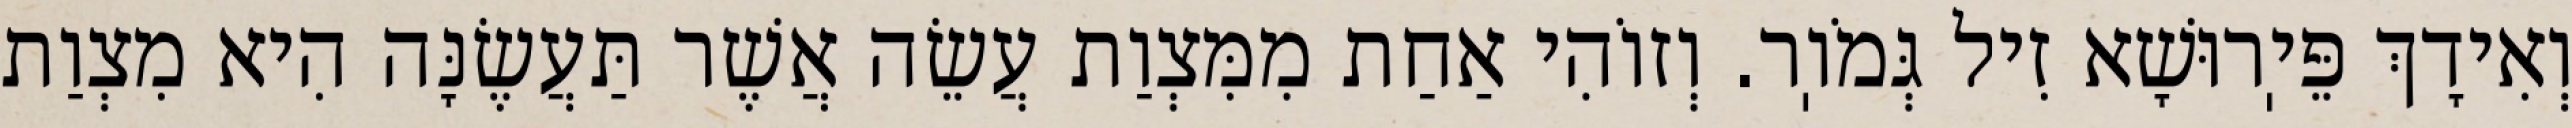
וְאִידָךְ פֵּיֽרוּשָׁא זִיל גְּמֹוֽר. וְזוֹהִי אַחַת מִמִּצְוַת עֲשֵׂה אֲשֶׁר תַּעֲשֶׂנָּה הִיא מִצְוַת